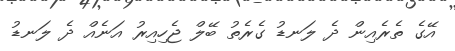
އޭގެ ތެރެއިން ދެ ލަނޑު ގެރެތު ބޭލް ޖެހިއިރު އަނެއް ދެ ލަނޑު